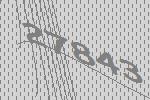
27843